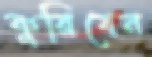
কুরিবেন